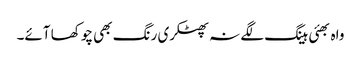
واہ بھئی ہینگ لگے نہ پھٹکری رنگ بھی چوکھا آئے۔